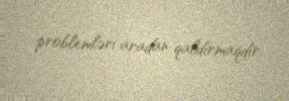
problemləri aradan qaldırmaqdır.